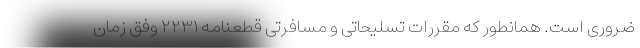
ضروری است. همانطور که مقررات تسلیحاتی و مسافرتی قطعنامه ۲۲۳۱ وفق زمان